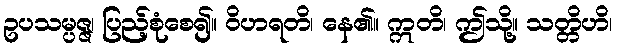
ဥပသမ္ပဇ္ဇ၊ ပြည့်စုံစေ၍။ ဝိဟရတိ၊ နေ၏။ ဣတိ၊ ဤသို့။ သတ္တိဟိ၊